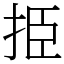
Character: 挋